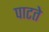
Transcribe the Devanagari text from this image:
पाटते